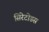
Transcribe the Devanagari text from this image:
सिरेटोडस